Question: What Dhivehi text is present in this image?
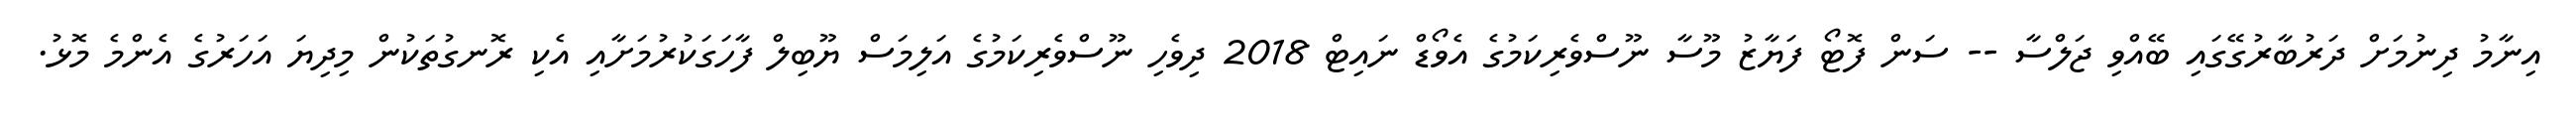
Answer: އިނާމު ދިނުމަށް ދަރުބާރުގޭގައި ބޭއްވި ޖަލްސާ -- ސަން ފޮޓޯ ފަޔާޒު މޫސާ ނޫސްވެރިކަމުގެ އެވޯޑް ނައިޓް 2018 ދިވެހި ނޫސްވެރިކަމުގެ އަލިމަސް ޔޫބިލް ފާހަގަކުރުމަށާއި އެކި ރޮނގުތަކުން މިދިޔަ އަހަރުގެ އެންމެ މޮޅު.